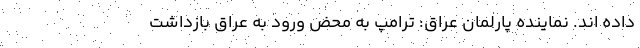
داده اند. نماینده پارلمان عراق: ترامپ به محض ورود به عراق بازداشت